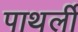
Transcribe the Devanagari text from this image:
पाथर्ली